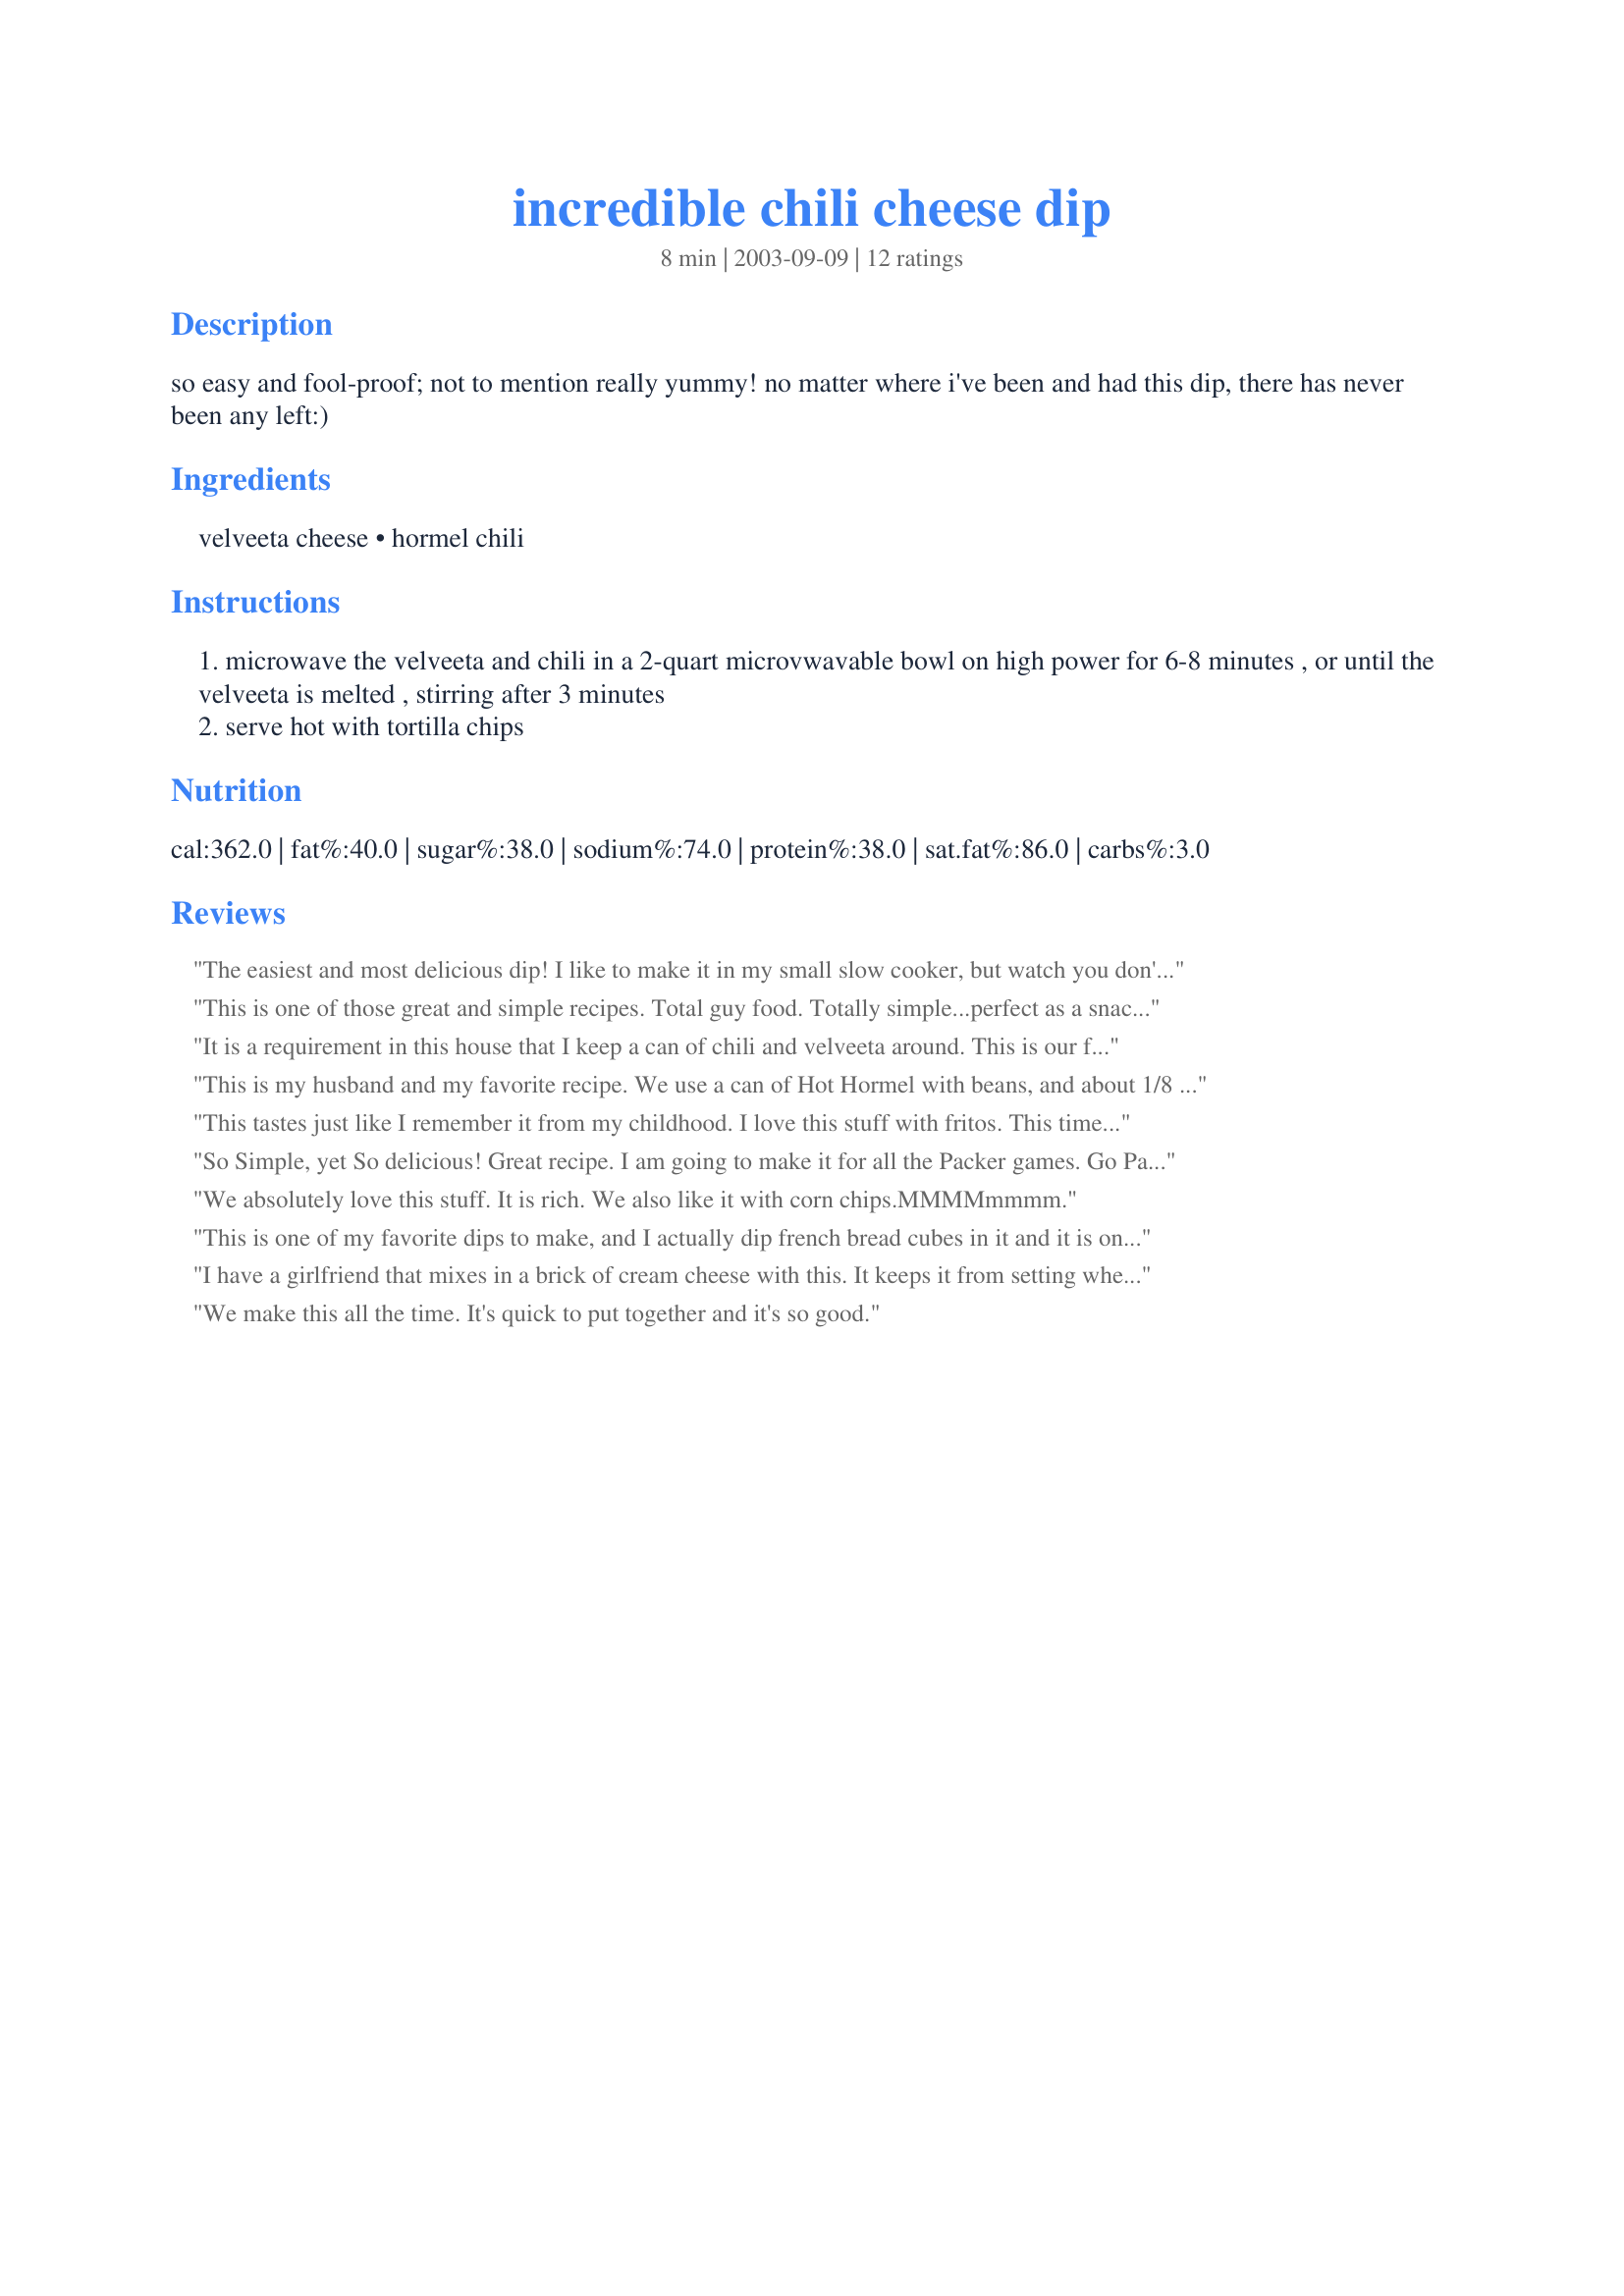
incredible chili cheese dip
Preparation time: 8 minutes

so easy and fool-proof; not to mention really yummy! no matter where i've been and had this dip, there has never been any left:)

Ingredients:
velveeta cheese, hormel chili

Steps:
microwave the velveeta and chili in a 2-quart microvwavable bowl on high power for 6-8 minutes , or until the velveeta is melted , stirring after 3 minutes
serve hot with tortilla chips

Reviews:
The easiest and most delicious dip! I like to make it in my small slow cooker, but watch you don't burn it.
This is one of those great and simple recipes. Total guy food. Totally simple...perfect as a snack or chilling at home. No way to mess this up...I prefer mine more &#039;meaty&#039; so, I tend to cut back some on the cheese,
It is a requirement in this house that I keep a can of chili and velveeta around. This is our favorite snack while watching movies.
This is my husband and my favorite recipe. We use a can of Hot Hormel with beans, and about 1/8 pd of velveeta. Melt in the microwave til bubbly, then I like to top with a few green onions. This is just for movie time just the two of us and we always clean the bowl out, DELICOUS and couldn't be easier than 3 ingredients and 4 minutes.
This tastes just like I remember it from my childhood. I love this stuff with fritos. This time I made it with 99% fat-free turkey chili (no beans) and light Velveeta cheese. I even used less cheese than the recipe called for, but it still tasted just as rich as I remember.
So Simple, yet So delicious! Great recipe. I am going to make it for all the Packer games. Go Pack Go! Thanks for a great recipe.
We absolutely love this stuff. It is rich. We also like it with corn chips.MMMMmmmm.
This is one of my favorite dips to make, and I actually dip french bread cubes in it and it is one of my cravings as a pregnant woman. This is super, and you can use the chili without beans for a more meaty dip, or a spicy chili. It is really good.
I have a girlfriend that mixes in a brick of cream cheese with this. It keeps it from setting when it cools. Really great idea and makes it taste even better!!!
We make this all the time. It's quick to put together and it's so good.
SO easy but SO good! I kept this warm in my mini crock-pot and it was devoured! Thanks.
A good taste and wonderful on tortilla chips. I added more velveeta to give it a little more liquidity.
